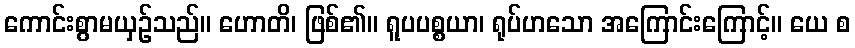
ကောင်းစွာမယှဉ်သည်။ ဟောတိ၊ ဖြစ်၏။ ရူပပစ္စယာ၊ ရုပ်ဟသော အကြောင်းကြောင့်။ ယေ စ